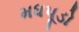
મધપૂડો